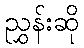
ညွှန်းဆို